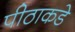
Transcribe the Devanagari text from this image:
पीठाकडे